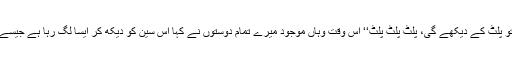
اسکرین پر فلم کا سین چل رہا تھا جس میں میں کہتا ہوں’’راج اگر یہ تجھ سے پیار کرتی ہے تو پلٹ کے دیکھے گی، پلٹ پلٹ پلٹ‘‘ اس وقت وہاں موجود میرے تمام دوستوں نے کہا اس سین کو دیکھ کر ایسا لگ رہا ہے جیسے اگر لڑکی نہیں پلٹی تو تم اسے ماردوگے جیسے بازیگر میں تم نے شلپا شیٹھی کو ماردیا تھا۔